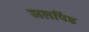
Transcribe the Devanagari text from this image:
जलपिंड